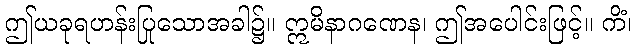
ဤယခုရဟန်းပြုသောအခါ၌။ ဣမိနာဂဏေန၊ ဤအပေါင်းဖြင့်။ ကိံ၊